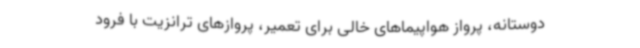
دوستانه، پرواز هواپیماهای خالی برای تعمیر، پروازهای ترانزیت با فرود